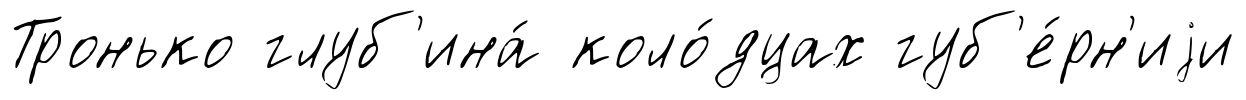
Тронько глуб'ина́ коло́дцах губ'е́рн'иjи